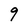
Character: 9